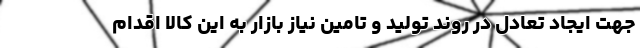
جهت ایجاد تعادل در روند تولید و تامین نیاز بازار به این کالا اقدام